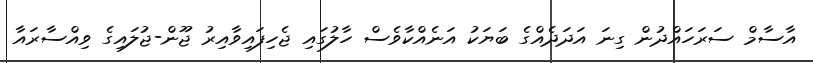
އާސާމް ސަރަހައްދުން ގިނަ އަދަދެއްގެ ބަޔަކު އަނެއްކާވެސް ހާލުގައި ޖެހިފައިވާއިރު ޖޫން-ޖުލައިގެ ވިއްސާރައާ